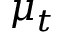
\mu _ { t }